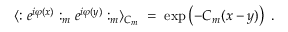
\langle : e ^ { i \varphi ( x ) } : _ { m } e ^ { i \varphi ( y ) } : _ { m } \rangle _ { C _ { m } } \; = \; \exp \left( - C _ { m } ( x - y ) \right) \; .